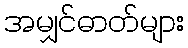
အမျှင်ဓာတ်များ